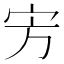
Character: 㝑